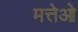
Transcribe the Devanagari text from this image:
मत्तेओ